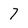
Character: 7